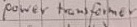
Text: power transformer